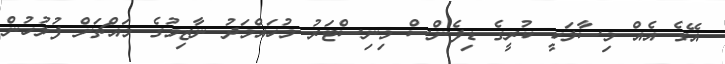
އޭގެ އެއް މިސާލަކީ ކުރީގެ ޑިފެންސް މިނިސްޓަރު މުހައްމަދު ނާޒިމުގެ މައްޗަށް ފުލުހުން